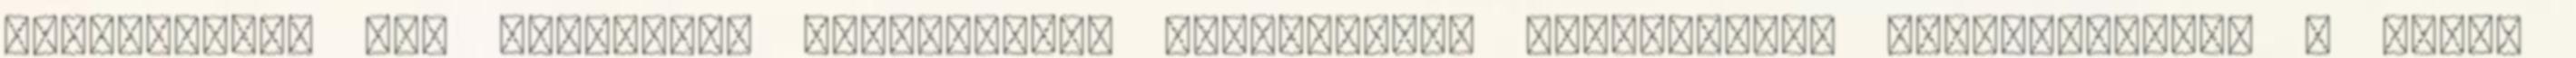
Cégbíróság, HVS adatbázis Azonosított fejlesztési lehetőségek szektoronként – helyi